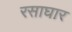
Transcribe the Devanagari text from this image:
रसाघार